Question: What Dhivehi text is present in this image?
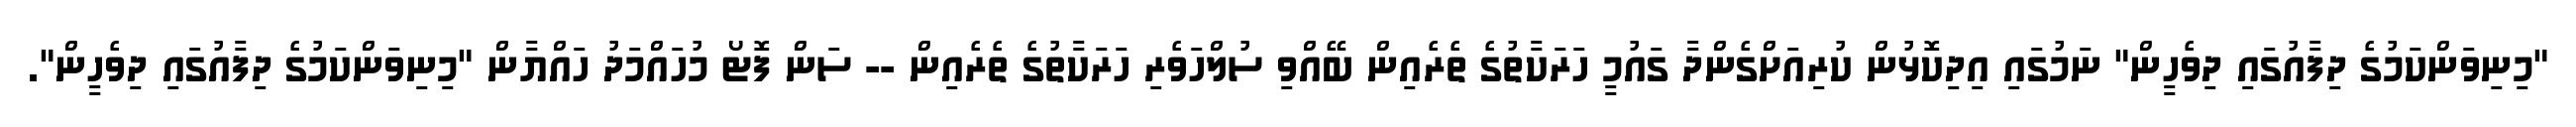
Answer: "މިނިވަންކަމުގެ ދިފާއުގައި ދިވެހީން" ނަމުގައި އިދިކޮޅުން ކުރިއަށްގެންދާ ގައުމީ ހަރަކާތުގެ ތެރެއިން ބޭއްވި ސުލްހަވެރި ހަރަކާތުގެ ތެރެއިން -- ސަން ފޮޓޯ މުހައްމަދު ހައްޔާން "މިނިވަންކަމުގެ ދިފާއުގައި ދިވެހީން".